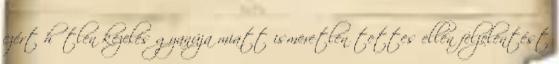
ezért hűtlen kezelés gyanúja miatt ismeretlen tettes ellen feljelentést